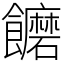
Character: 饝